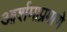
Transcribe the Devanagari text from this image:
आर्शमाप्रमाणे